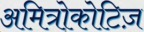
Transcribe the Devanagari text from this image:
अमित्रोकोटिज़